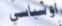
اوتياسي